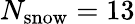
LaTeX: N_{\mathrm{snow}}=13